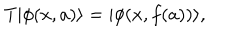
T | \phi ( x , a ) \rangle = | \phi ( x , f ( a ) ) \rangle ,